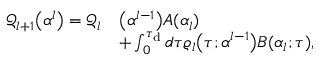
\begin{array} { r l } { \mathcal { Q } _ { l + 1 } \big ( \boldsymbol { \alpha } ^ { l } \big ) = \mathcal { Q } _ { l } } & { \big ( \boldsymbol { \alpha } ^ { l - 1 } \big ) A ( \alpha _ { l } ) } \\ & { + \int _ { 0 } ^ { \tau _ { \mathrm { d } } } d \tau \varrho _ { l } \big ( \tau ; \boldsymbol { \alpha } ^ { l - 1 } \big ) B ( \alpha _ { l } ; \tau ) , } \end{array}